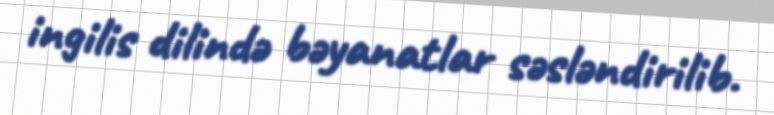
ingilis dilində bəyanatlar səsləndirilib.